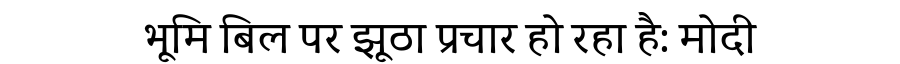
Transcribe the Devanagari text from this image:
भूमि बिल पर झूठा प्रचार हो रहा है: मोदी